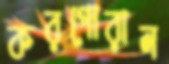
করপোরাল